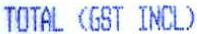
TOTAL (GST INCL)